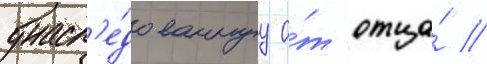
унасл'е́дованнуу о́т отца́ //